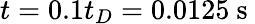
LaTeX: t=0.1t_{D}=0.0125\mathrm{~s~}